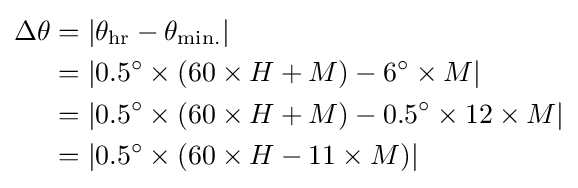
{\begin{aligned}\Delta \theta &=\vert \theta _{\text{hr}}-\theta _{\text{min.}}\vert \\&=\vert 0.5^{\circ }\times (60\times H+M)-6^{\circ }\times M\vert \\&=\vert 0.5^{\circ }\times (60\times H+M)-0.5^{\circ }\times 12\times M\vert \\&=\vert 0.5^{\circ }\times (60\times H-11\times M)\vert \\\end{aligned}}